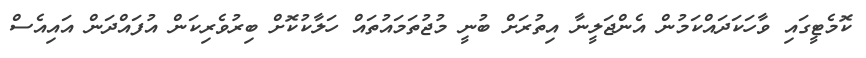
ކޮމެޓީގައި ވާހަކަދައްކަމުން އެންޖަލީނާ އިތުރަށް ބުނީ މުޖުތަމައުތައް ހަލާކުކޮށް ބިރުވެރިކަން އުފައްދަން އައިއެސް